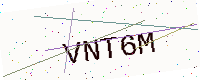
Text: VNT6M